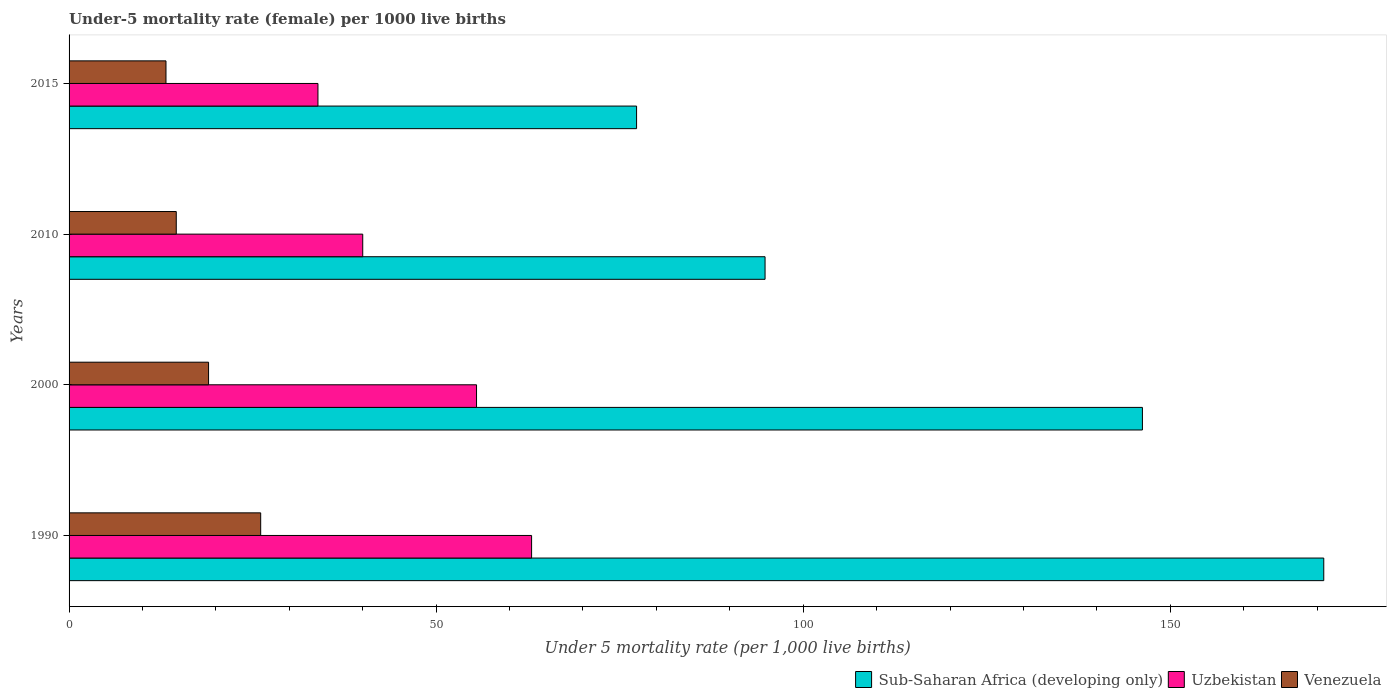
| Years | Sub-Saharan Africa (developing only) | Uzbekistan | Venezuela |
 | --- | --- | --- | --- |
 | 1990 | 171 | 63 | 26.1 |
 | 2000 | 146 | 55.5 | 19 |
 | 2010 | 94.8 | 40 | 14.6 |
 | 2015 | 77.3 | 33.9 | 13.2 |